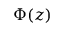
\Phi ( z )